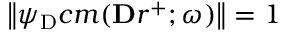
\left\| \psi _ { \mathrm Ḋ } c m Ḍ ( \mathbf Ḋ r Ḍ ^ { + } ; \omega ) \right\| = 1